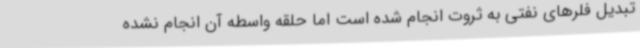
تبدیل فلرهای نفتی به ثروت انجام شده است اما حلقه واسطه آن انجام نشده